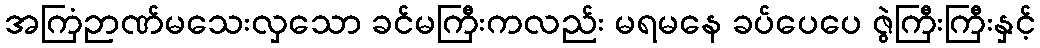
အကြံဉာဏ်မသေးလှသော ခင်မကြီးကလည်း မရမနေ ခပ်ပေပေ ဇွဲကြီးကြီးနှင့်